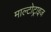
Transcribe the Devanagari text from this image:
माल्टोट्राइज